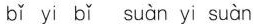
bǐ yi bǐ suàn yi suàn